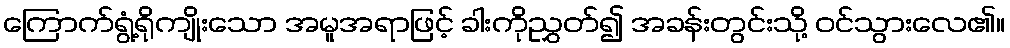
ကြောက်ရွံ့ရိုကျိုးသော အမူအရာဖြင့် ခါးကိုညွှတ်၍ အခန်းတွင်းသို့ ဝင်သွားလေ၏။